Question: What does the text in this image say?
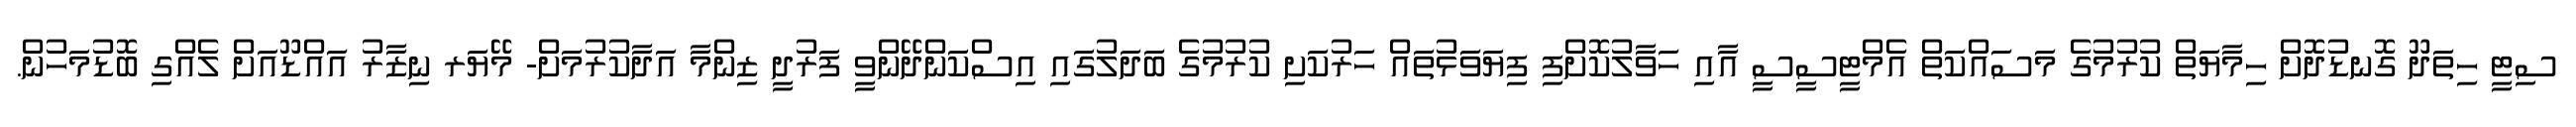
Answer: ސިޓީ ހިތަދޫ ގޮނޑުދޮށް ހިމާޔަތް ކުރުމުގެ މަސައްކަތް އެމްޓީސީސީ އާއި ހަވާލުކޮށްފި ފިޔަވަޅުތައް ހަރުކަށި ކުރުމުގެ ބަދަލުގައި އިސްކަންދޭންވީ ފަރުދީ ޒިންމާ އަދާކުރުމަށް- މޭޔަރ ނިޒާރު އައްޑޫއަށް ލެއްގި ބޮޑުމަހުން.